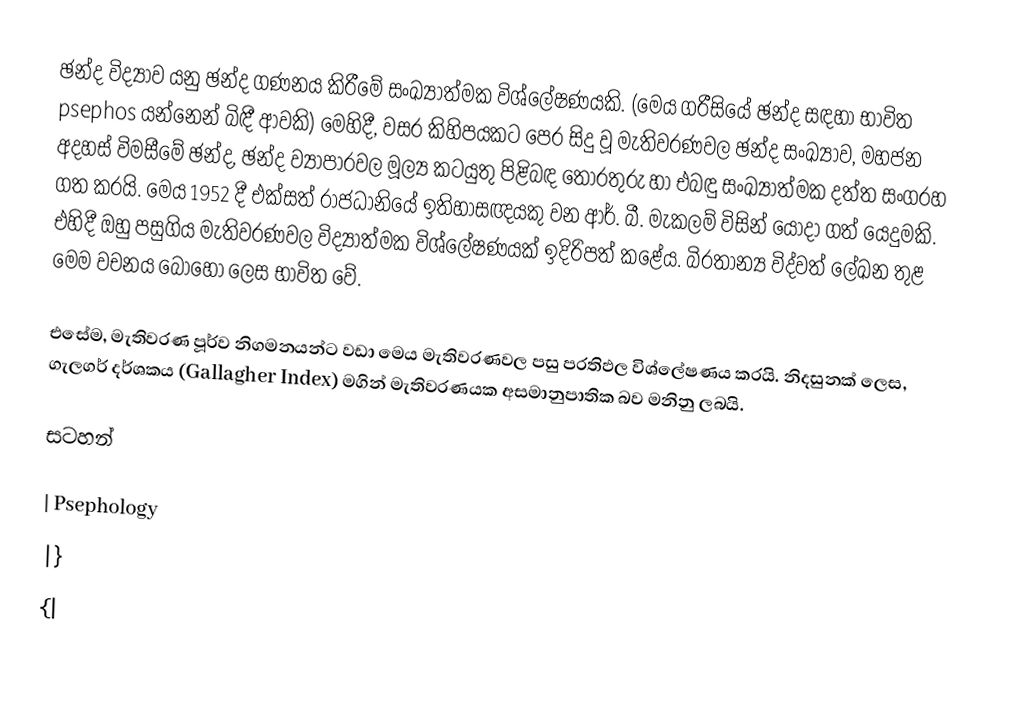
ඡන්ද විද්‍යාව යනු ඡන්ද ගණනය කිරීමේ සංඛ්‍යාත්මක විශ්ලේෂණයකි. (මෙය ග‍්‍රීසියේ ඡන්ද සඳහා භාවිත psephos යන්නෙන් බිඳී ආවකි) මෙහිදී, වසර කිහිපයකට පෙර සිදු වූ මැතිවරණවල ඡන්ද සංඛ්‍යාව, මහජන අදහස් විමසීමේ ඡන්ද, ඡන්ද ව්‍යාපාරවල මූල්‍ය කටයුතු පිළිබඳ තොරතුරු හා එබඳු සංඛ්‍යාත්මක දත්ත සංග‍්‍රහ ගත කරයි. මෙය 1952 දී එක්සත් රාජධානියේ ඉතිහාසඥයකු වන ආර්. බී. මැකලම් විසින් යොදා ගත් යෙදුමකි.  එහිදී ඔහු පසුගිය මැතිවරණවල විද්‍යාත්මක විශ්ලේෂණයක් ඉදිරිපත් කළේය. බි‍්‍රතාන්‍ය විද්වත් ලේඛන තුළ මෙම වචනය බොහෝ ලෙස භාවිත වේ.

එසේම, මැතිවරණ පූර්ව නිගමනයන්ට වඩා මෙය මැතිවරණවල පසු ප‍්‍රතිඵල විශ්ලේෂණය කරයි. නිදසුනක් ලෙස, ගැලගර් දර්ශකය (Gallagher Index) මගින් මැතිවරණයක අසමානුපාතික බව මනිනු ලබයි.

සටහන්

| Psephology
|}
{|